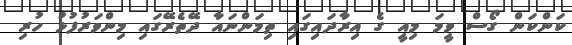
ކަންކަން ގޯސް ވީމަ މިއީ ގެ އިރާދައިގައި ތިމަންނައާ ދޭތެރޭގައި މިންވަރުފުޅު ހުރި